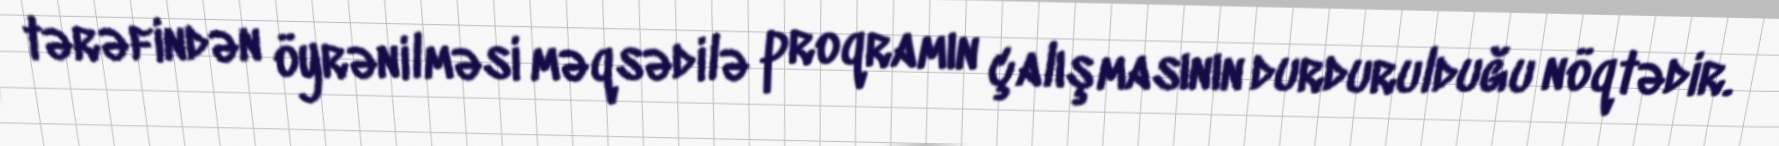
tərəfindən öyrənilməsi məqsədilə proqramın çalışmasının durdurulduğu nöqtədir.